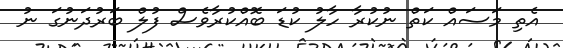
އެތި މަސައް ކަތް ނުކުރާ ހާލު ކުޑަ ބޮއްކުރާވެސް ފުލް ބަރުދަނުގަ ނު